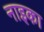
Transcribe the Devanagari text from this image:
नाइका